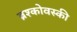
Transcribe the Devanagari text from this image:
ब्रश्कोवस्की